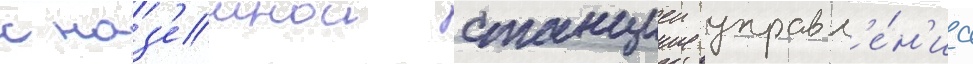
с наз'емнои станциеи управл'е́н'иа